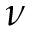
\nu